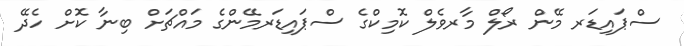
ސްޕައިޑަރ މޭން ރޯލް މާރވެލް ކޮމިކްގެ ސްޕައިޑަރމޭންގެ މައްޗަށް ބިނާ ކޮށް ހެދޭ